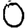
Digit: 0